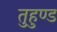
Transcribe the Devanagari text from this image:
तुहुण्ड